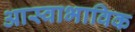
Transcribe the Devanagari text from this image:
आस्वाभाविक